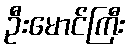
ဦးမောင်ကြီး